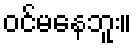
ဝင်မနေဘူး။